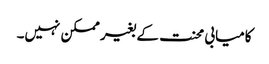
کامیابی محنت کے بغیر ممکن نہیں۔